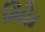
મોિા